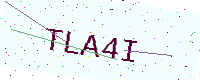
Text: TLA4I